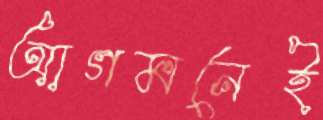
আগমনেই